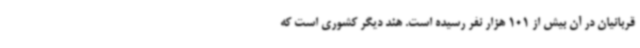
قربانیان در آن بیش از 101 هزار نفر رسیده است. هند دیگر کشوری است که